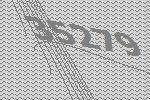
35279